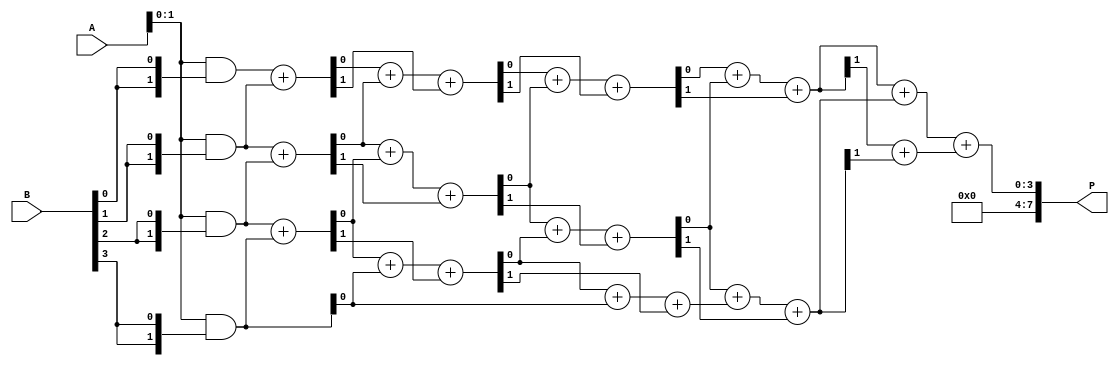
module wallace_tree_multiplier #(parameter N = 4) (
    input [N-1:0] A,
    input [N-1:0] B,
    output reg [2*N-1:0] P
);

    // Partial product generation
    wire [N-1:0] pp [0:N-1]; // Partial products
    genvar i, j;
    generate
        for (i = 0; i < N; i = i + 1) begin : pp_gen
            assign pp[i] = A & {N{B[i]}};
        end
    endgenerate

    // Reduction stage
    wire [N-1:0] sum [0:N-1]; // Sums at each level
    wire [N-1:0] carry [0:N-1]; // Carries at each level

    // Initial stage: First level of reduction
    generate
        for (i = 0; i < N; i = i + 1) begin : reduction_level_1
            if (i < N-1) begin
                assign {carry[0][i], sum[0][i]} = pp[i] + pp[i+1];
            end else begin
                assign sum[0][i] = pp[i];
                assign carry[0][i] = 0;
            end
        end
    endgenerate

    // Further reduction levels
    genvar level;
    for (level = 1; level < N; level = level + 1) begin : reduction_levels
        for (i = 0; i < N; i = i + 1) begin : reduction_level
            if (i < N-1) begin
                assign {carry[level][i], sum[level][i]} = sum[level-1][i] + sum[level-1][i+1] + carry[level-1][i];
            end else begin
                assign sum[level][i] = sum[level-1][i];
                assign carry[level][i] = carry[level-1][i];
            end
        end
    end

    // Final addition
    wire [2*N-1:0] final_sum;
    wire [2*N-1:0] final_carry;

    assign final_sum = {carry[N-1][0], sum[N-1][0]} + {carry[N-1][1], sum[N-1][1]};
    assign final_carry = {1'b0, carry[N-1][0]} + {1'b0, carry[N-1][1]};

    // Final product
    always @(*) begin
        P = final_sum + final_carry;
    end

endmodule